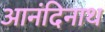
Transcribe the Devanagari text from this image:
आनंदिनाथ